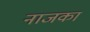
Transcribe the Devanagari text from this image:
नाजका